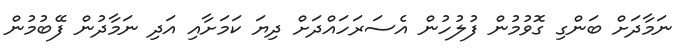
ނަމާދަށް ބަންގި ގޮވުމުން ފުލުހުން އެސަރަހައްދަށް ދިޔަ ކަމަށާއި އަދި ނަމާދުން ފޭބުމުން